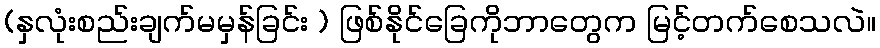
(နှလုံးစည်းချက်မမှန်ခြင်း ) ဖြစ်နိုင်ခြေကိုဘာတွေက မြင့်တက်စေသလဲ။